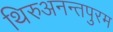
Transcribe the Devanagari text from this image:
थिरुअनन्तपुरम